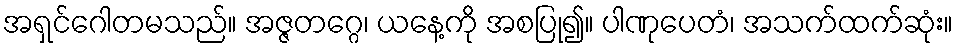
အရှင်ဂေါတမသည်။ အဇ္ဇတဂ္ဂေ၊ ယနေ့ကို အစပြု၍။ ပါဏုပေတံ၊ အသက်ထက်ဆုံး။